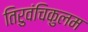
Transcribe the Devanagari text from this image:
तिरुवंचिकुलम